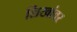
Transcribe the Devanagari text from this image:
शिखांवर